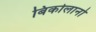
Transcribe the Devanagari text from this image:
बिकोलानो